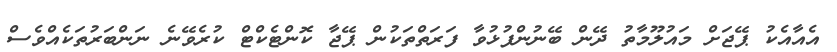
އެއާއެކު ޕޭޖަށް މައުލޫމާތު ދޭން ބޭނުންފުޅުވާ ފަރަތްތަކުން ޕޭޖާ ކޮންޓެކްޓް ކުރެވޭނެ ނަންބަރުތަކެއްވެސް